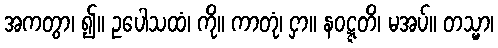
အကတွာ၊ ၍။ ဥပေါသထံ၊ ကို။ ကာတုံ၊ ငှာ။ နဝဋ္ဋတိ၊ မအပ်။ တသ္မာ၊